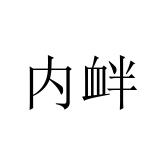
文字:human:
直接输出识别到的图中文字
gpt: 内衅